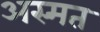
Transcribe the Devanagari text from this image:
अस्मत